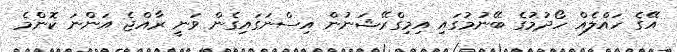
އޭގެ ހައްލެއް ހޯދުމުގެ ބޭނުމުގައި އިމިގްރޭޝަނުން އިސްނަގައިގެން ވަނީ ރާއްޖެ އަންނަ ކޮންމެ